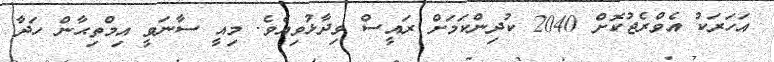
އަހަރަކު އެވްރެޖުކޮށް 2040 ކުދިންކަމަށް ރައީސް ވިދާޅުވިއެވެ. މިއީ ސާނަވީ އިމްތިޙާން ހަދާ